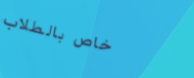
خاص بالطلاب